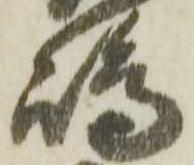
嶋